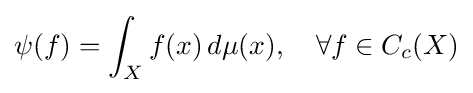
\psi (f)=\int _{X}f(x)\,d\mu (x),\quad \forall f\in C_{c}(X)